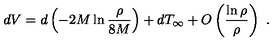
d V = d \left( - 2 M \ln \frac { \rho } { 8 M } \right) + d T _ { \infty } + O \left( \frac { \ln \rho } { \rho } \right) \ .